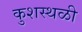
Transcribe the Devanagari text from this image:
कुशस्थळी